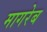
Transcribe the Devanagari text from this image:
मागरेब